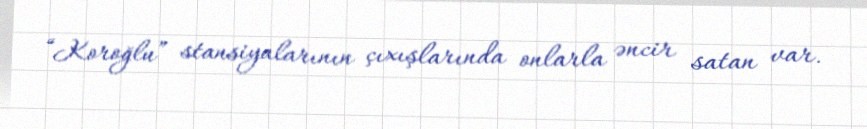
“Koroğlu” stansiyalarının çıxışlarında onlarla əncir satan var.